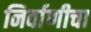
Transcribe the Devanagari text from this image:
निर्वाणीचा